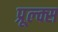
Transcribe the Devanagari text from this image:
प्रूल्क्स